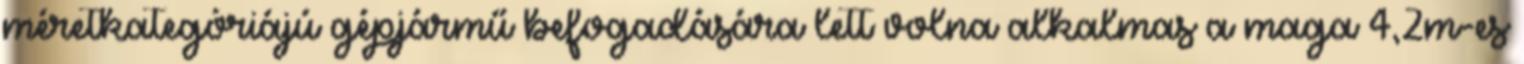
méretkategóriájú gépjármű befogadására lett volna alkalmas a maga 4,2m-es